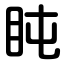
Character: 盹